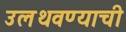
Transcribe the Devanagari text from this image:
उलथवण्याची